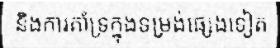
និងការគាំទ្រក្នុងទម្រង់ផ្សេងទៀត